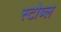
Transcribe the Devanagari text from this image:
स्टोब्ल